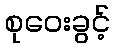
စုဝေးခွင့်